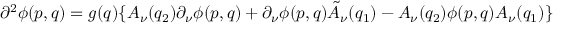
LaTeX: \partial ^ { 2 } \phi ( p , q ) = g ( q ) \{ A _ { \nu } ( q _ { 2 } ) \partial _ { \nu } \phi ( p , q ) + \partial _ { \nu } \phi ( p , q ) \tilde { A } _ { \nu } ( q _ { 1 } ) - A _ { \nu } ( q _ { 2 } ) \phi ( p , q ) A _ { \nu } ( q _ { 1 } ) \}